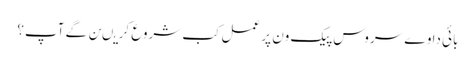
بائی دا وے سروس پیک ون پر عمل کب شروع کریںن گے آپ؟